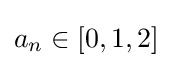
a_{n}\in [0,1,2]